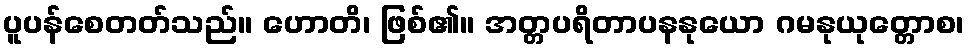
ပူပန်စေတတ်သည်။ ဟောတိ၊ ဖြစ်၏။ အတ္တပရိတာပနနုယော ဂမနုယုတ္တောစ၊